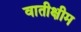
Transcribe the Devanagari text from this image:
वातीक्षीम